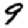
Digit: 9